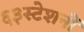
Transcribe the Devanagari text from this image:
६३स्टेशनों